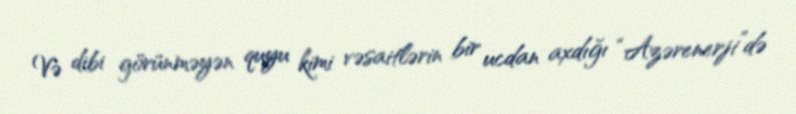
Və dibi görünməyən quyu kimi vəsaitlərin bir ucdan axdığı “Azərenerji”də